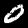
Digit: 0